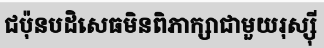
ជប៉ុនបដិសេធមិនពិភាក្សាជាមួយរុស្ស៊ី